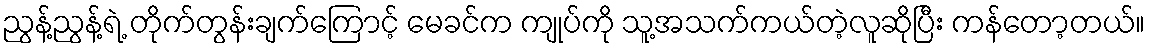
ညွန့်ညွန့်ရဲ့ တိုက်တွန်းချက်ကြောင့် မေခင်က ကျုပ်ကို သူ့အသက်ကယ်တဲ့လူဆိုပြီး ကန်တော့တယ်။